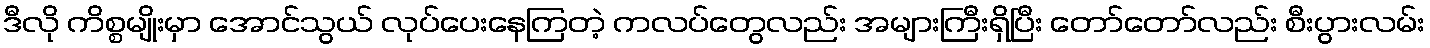
ဒီလို ကိစ္စမျိုးမှာ အောင်သွယ် လုပ်ပေးနေကြတဲ့ ကလပ်တွေလည်း အများကြီးရှိပြီး တော်တော်လည်း စီးပွားလမ်း